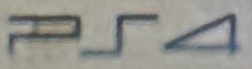
Ps4